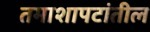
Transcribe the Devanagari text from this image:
तमाशापटांतील